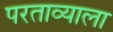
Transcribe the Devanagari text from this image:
परताव्याला